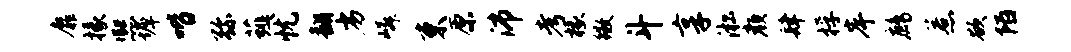
靡掾熙墀喈弥薤忧翻劣嶙束原沛考椽徽斗享淞颜肆桴岸鹧惹欲陌